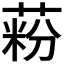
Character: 𦶚